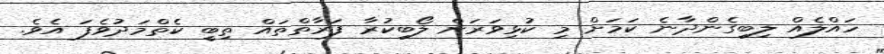
ހައްލެއް ލިބިގެންދާނެ ކަމަށް މި ކުޅިވަރަށް ލޯބިކުރާ ފަރާތްތައް ތިބީ ކެތްމަދުވެފަ އެވެ.